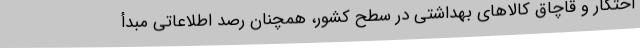
احتکار و قاچاق کالاهای بهداشتی در سطح کشور، همچنان رصد اطلاعاتی مبدأ